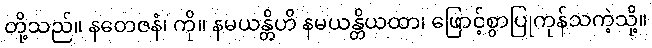
တို့သည်။ နတေဇနံ၊ ကို။ နမယန္တိဟိ နမယန္တိယထာ၊ ဖြောင့်စွာပြုကုန်သကဲ့သို့။